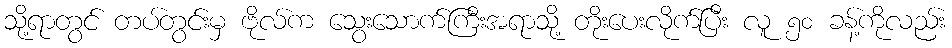
သို့ရာတွင် တပ်တွင်းမှ ဗိုလ်က သွေးသောက်ကြီးအရာသို့ တိုးပေးလိုက်ပြီး လူ ၅၀ ခန့်ကိုလည်း